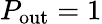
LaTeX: P_{\mathrm{out}}=1